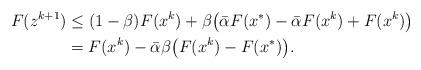
LaTeX: \begin{align*}F(z^{k+1}) &\leq (1 - \beta) F(x^k) + \beta \big( \bar{\alpha} F(x^{*}) - \bar{\alpha} F(x^k) + F(x^k)\big) \\&=F(x^k) - \bar{\alpha}\beta\big( F(x^k) - F(x^{*})\big).\end{align*}